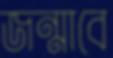
জন্মাবে